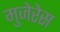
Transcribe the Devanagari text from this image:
मुजेरेस